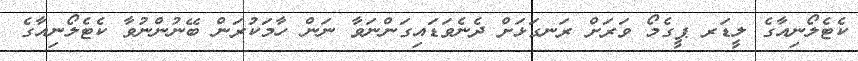
ކެޓެލޯނިއާގެ ލީޑަރ ޕީގެމޯ ވަރަށް ރަނގަޅަށް ދެނެވަޑައިގަންނަވާ ނަން ހާމަކުރަން ބޭނުންނުވާ ކެޓެލޯނިއާގެ